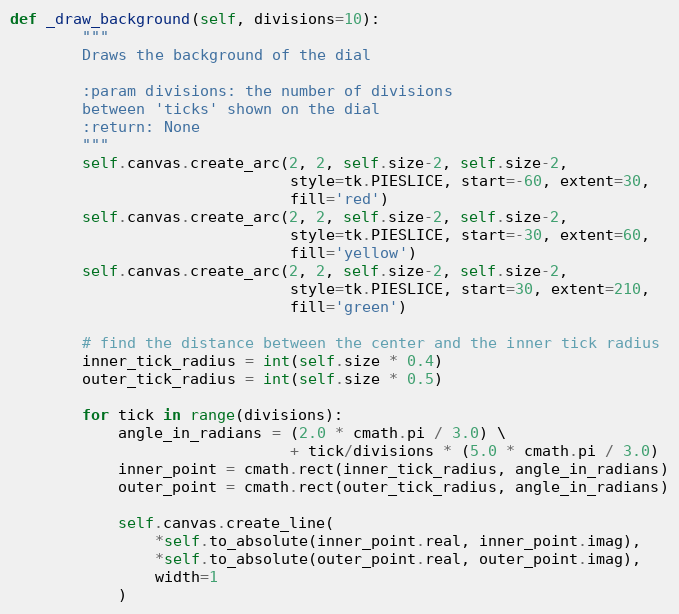
Language: Python
def _draw_background(self, divisions=10):
        """
        Draws the background of the dial

        :param divisions: the number of divisions
        between 'ticks' shown on the dial
        :return: None
        """
        self.canvas.create_arc(2, 2, self.size-2, self.size-2,
                               style=tk.PIESLICE, start=-60, extent=30,
                               fill='red')
        self.canvas.create_arc(2, 2, self.size-2, self.size-2,
                               style=tk.PIESLICE, start=-30, extent=60,
                               fill='yellow')
        self.canvas.create_arc(2, 2, self.size-2, self.size-2,
                               style=tk.PIESLICE, start=30, extent=210,
                               fill='green')

        # find the distance between the center and the inner tick radius
        inner_tick_radius = int(self.size * 0.4)
        outer_tick_radius = int(self.size * 0.5)

        for tick in range(divisions):
            angle_in_radians = (2.0 * cmath.pi / 3.0) \
                               + tick/divisions * (5.0 * cmath.pi / 3.0)
            inner_point = cmath.rect(inner_tick_radius, angle_in_radians)
            outer_point = cmath.rect(outer_tick_radius, angle_in_radians)

            self.canvas.create_line(
                *self.to_absolute(inner_point.real, inner_point.imag),
                *self.to_absolute(outer_point.real, outer_point.imag),
                width=1
            )